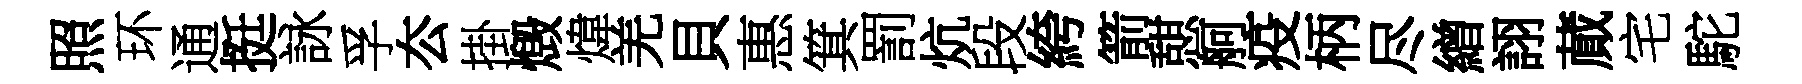
照环通挺詠孚厺掛燬煒羌貝惠箕罰炕段絝箭憇舸疫柄尽繒詡蕆宅駝